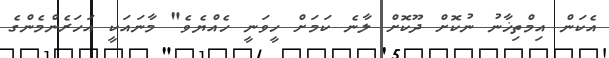
އެކަން އިމްތިޚާނު ނުކޮށް ދޫކޮށް ލާނެ ކަމަށް ހީވަނީ ހެއްޔެވެ" މާނައަކީ އަހަރެންމެންގެ